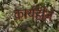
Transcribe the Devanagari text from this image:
कार्यहीन